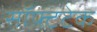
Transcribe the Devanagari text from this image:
सॉफ्टटेक